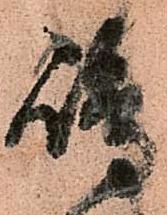
嶋